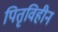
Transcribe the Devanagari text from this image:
पितृविहीन